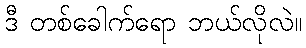
ဒီ တစ်ခေါက်ရော ဘယ်လိုလဲ။